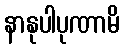
နာနုပါပုဏာမိ